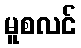
မူစလင်